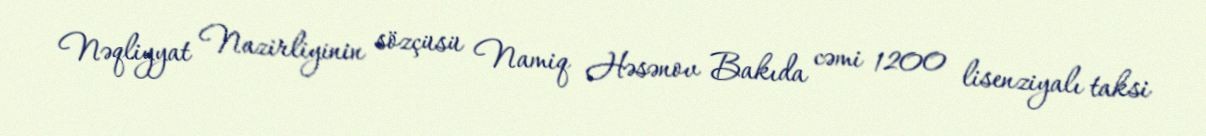
Nəqliyyat Nazirliyinin sözçüsü Namiq Həsənov Bakıda cəmi 1200 lisenziyalı taksi